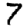
Digit: 7